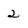
Character: 2